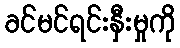
ခင်မင်ရင်းနှီးမှုကို